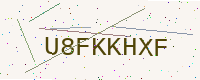
Text: U8FKKHXF